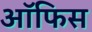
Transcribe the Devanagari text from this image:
अॉफिस